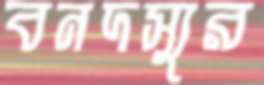
বনদস্যুর